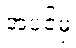
အပင်မှ